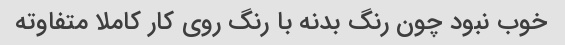
خوب نبود چون رنگ بدنه با رنگ روی کار کاملا متفاوته